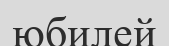
юбилей